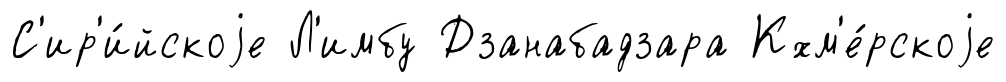
С'ир'и́йскоjе Л'имбу Дзанабадзара Кхм'е́рскоjе